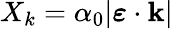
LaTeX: X_{k}=\alpha_{0}|\boldsymbol{\varepsilon}\cdot\mathbf{k}|